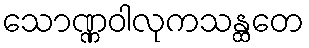
သောဏ္ဏဝါလုကသန္ထတေ